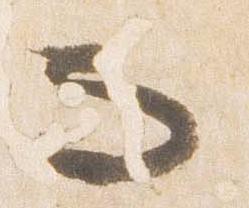
而